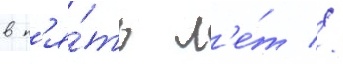
в п'я́ть л'е́т //